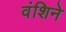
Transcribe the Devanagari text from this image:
वंशिने